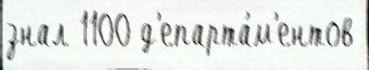
знал 1100 д'епарта́м'ентов